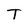
Character: T